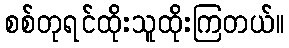
စစ်တုရင်ထိုးသူထိုးကြတယ်။